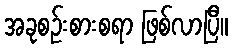
အခုစဉ်းစားစရာ ဖြစ်လာပြီ။